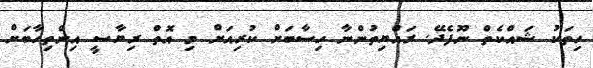
ހިތަކު ޝައްކެތް ނޫފެދޭ. ރައްޔިތުންނާ ހިސާބަށް ކުރިއަށް މި އޮތް ރިޔާސީ އިންތިހާބަށް